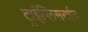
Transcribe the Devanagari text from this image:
ट्राईग्लिसराईड